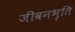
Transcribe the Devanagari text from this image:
जीवनभृति